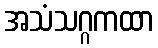
အသံသဂ္ဂကထာ